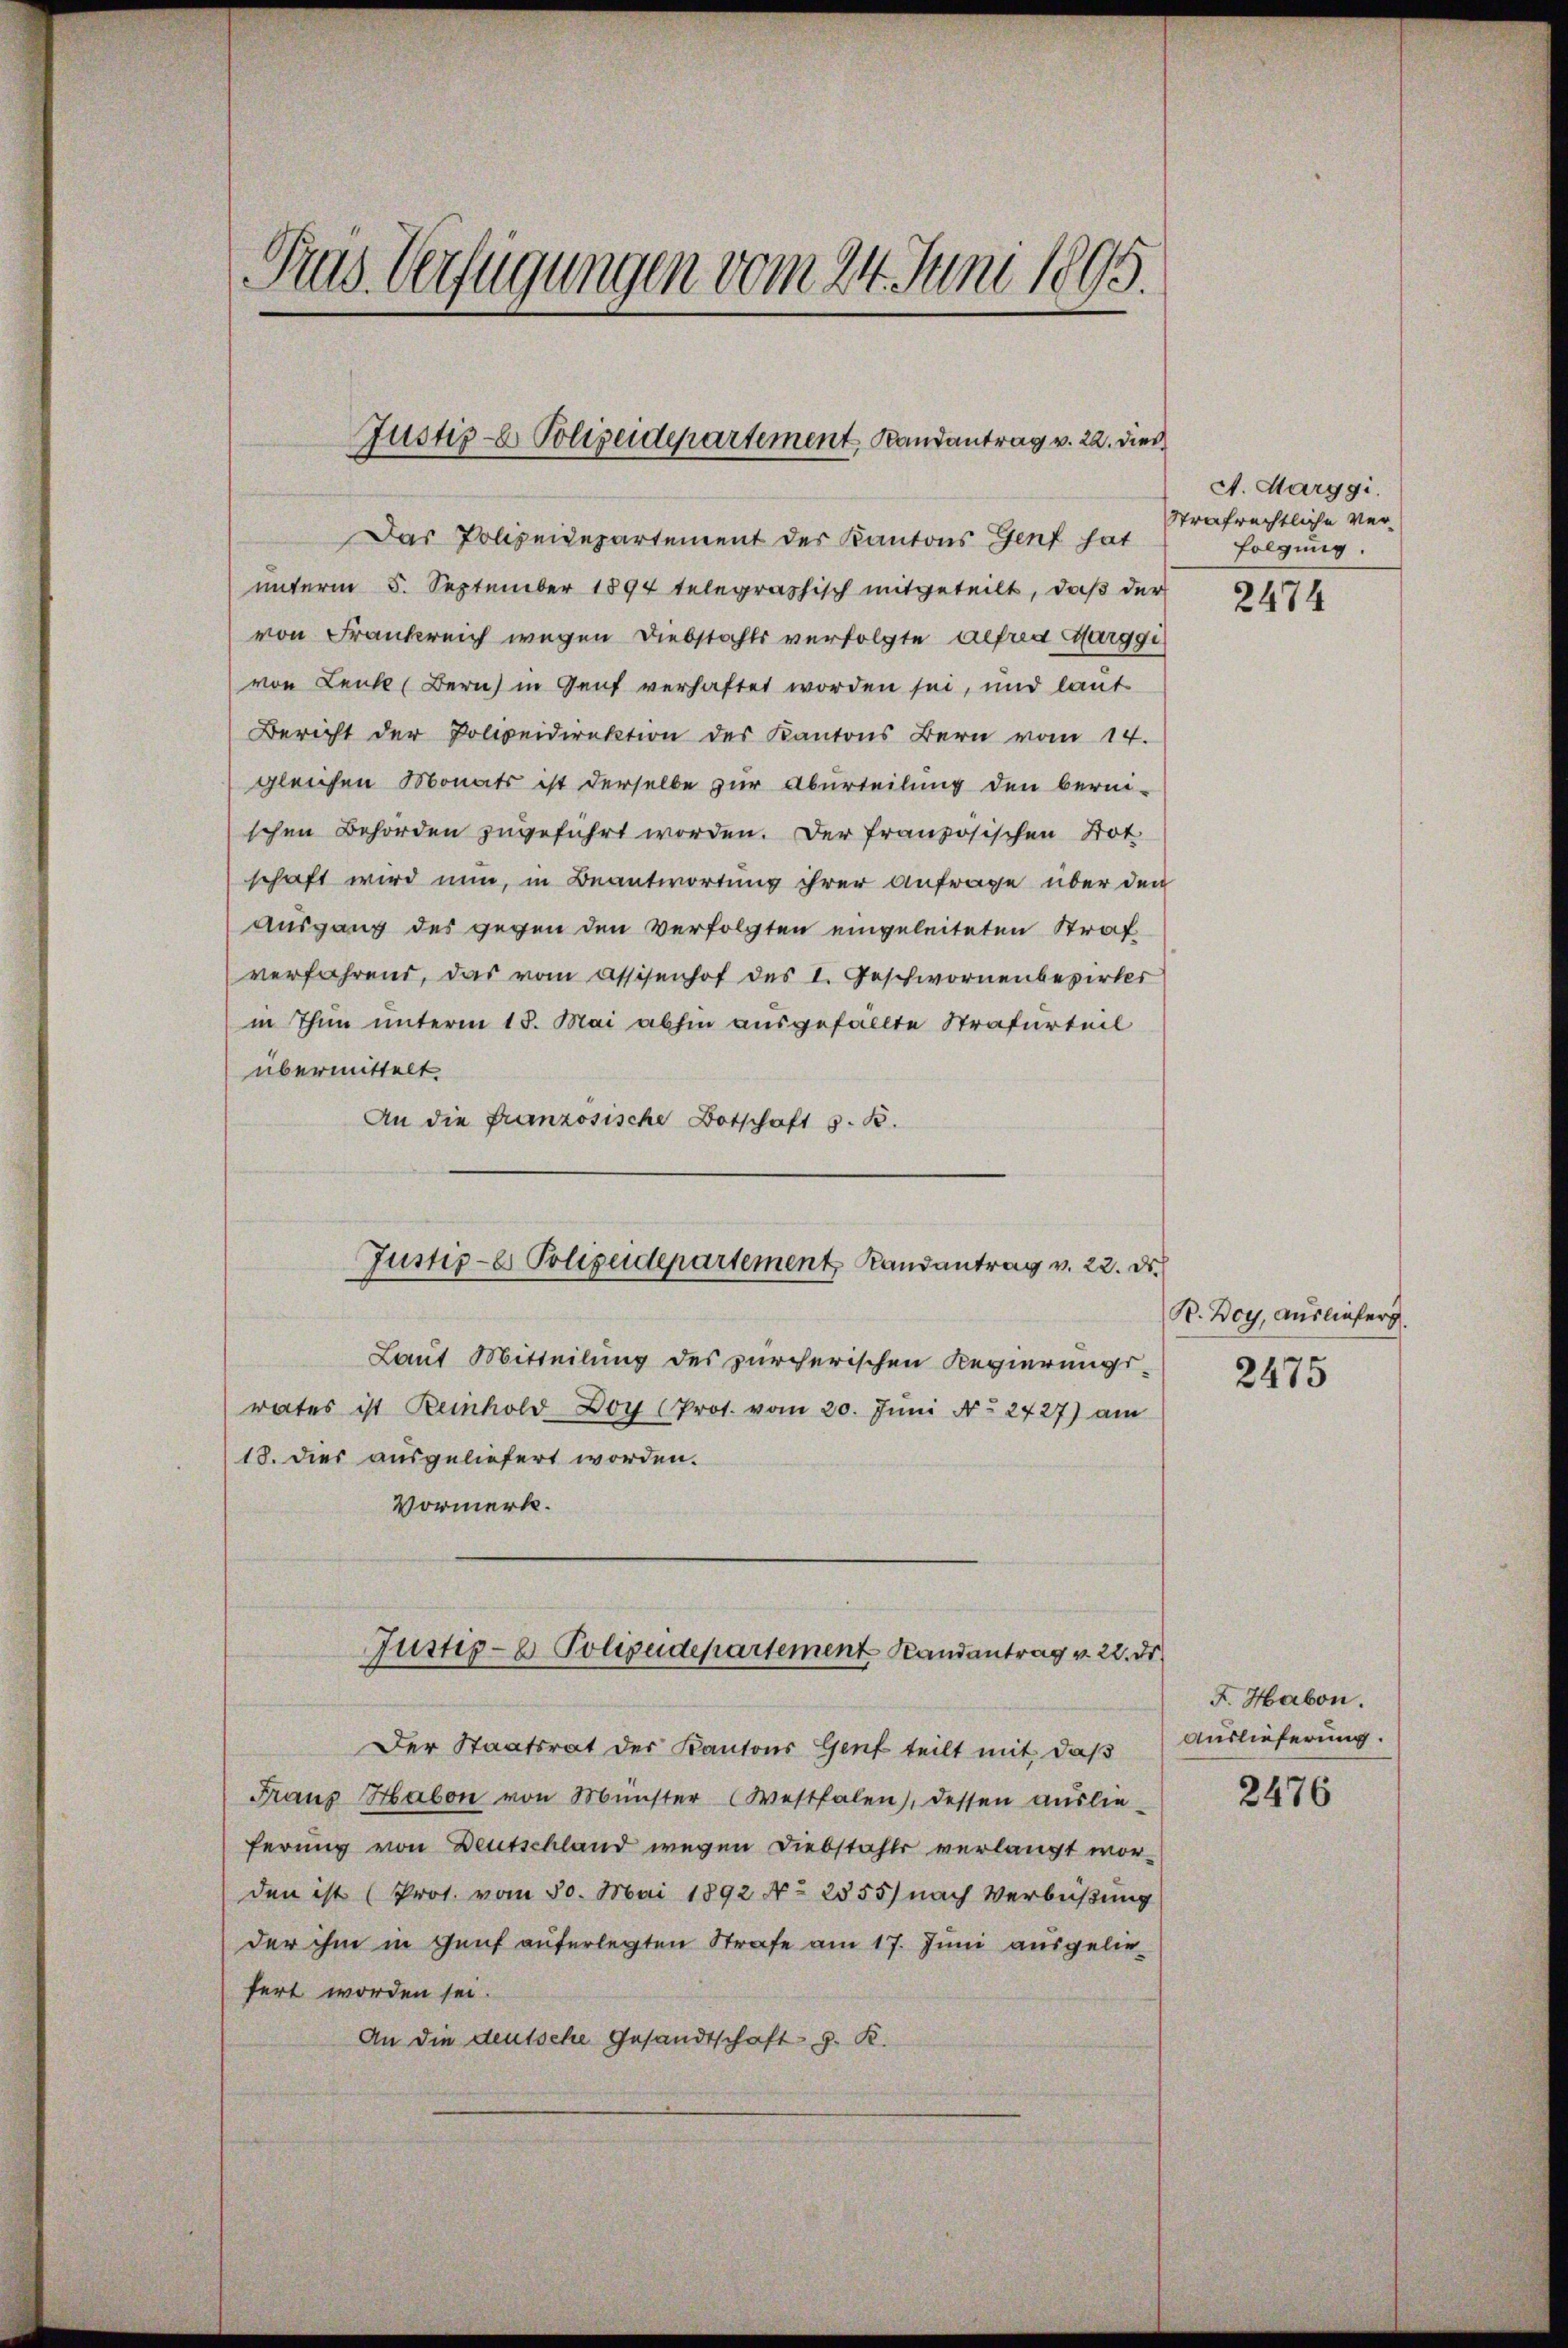
Tras Verfügungen vom 24. Juni 1895.

Justiz- & Polizeidepartement, Randantrag v. 22. dies

Justiz-er Polizeidepartement Randantrag v. 22. d.

Das Polizeidepartement der Kantons Genf hat
unterm 5. September 1894 telegraphisch mitgeteilt, daß der
von Frankreich wegen Diebstahls verfolgte Alfred Marggi
von Leute (Bern in Genf verhaftet worden sei, und laut
Bericht der Polizeidirektion des Kantons Bern vom 14.
gleichen Monats ist derselbe zur Aburteilung den berei-
schen Behörden zugeführt worden. Der französischen Not.
schaft wird nun, in Beantwortung ihrer anfrage über den
Ausgang des gegen den Verfolgten eingeleiteten Strafverfahrend, das vom Assisenhof des I. Geschwornenbezirkes
in Thun unterm 18. Mai abhin ausgefällte Strafurteil
übermittelt
An die französische Botschaft z. B.
Laut Mitteilung des zürcherischen Regierungs-
rates ist Reinhold Doy (Prot. vom 20. Juni No 2727) am
18. Dies ausgeliefert worden.
Vormerk.
Justiz- & Polizeidepartement Randantrag v. 22. Dr.
Der Staatsrat der Kantons Genf teilt mit, daß
Fraus Haben von Münster Westfalen), dessen aŭslie-
ferung von Deutschland wegen Diebstahls verlangt worden ist (Prot. vom 30. Mai 1892 No 2555) nach Verbüßung
der ihm in Genf auferlegten Strafe am 17. Juni ausgeliefert worden sei.
An die deutsche Gesandtschaft G. K.

A. Marggi.
Strafrechtliche Verfolgung.

2474

R. Boy, Ausliefer

2475

F. Habon.
Auslieferung.

2476